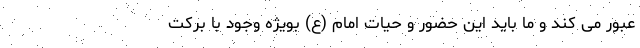
عبور می کند و ما باید این حضور و حیات امام (ع) بویژه وجود با برکت